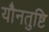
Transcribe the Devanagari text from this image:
यौनतुष्टि